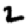
Digit: 2